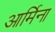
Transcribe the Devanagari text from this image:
आर्मिना